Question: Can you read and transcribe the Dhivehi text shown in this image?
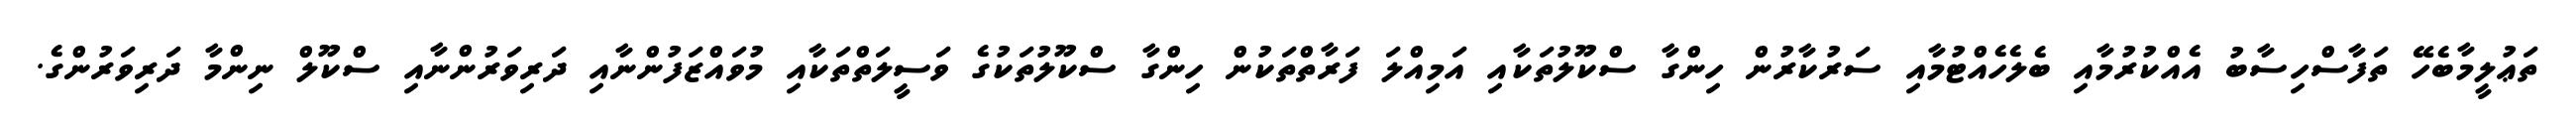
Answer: ތަޢުލީމާބެހޭ ތަފާސްހިސާބު އެއްކުރުމާއި ބެލެހެއްޓުމާއި ސަރުކާރުން ހިންގާ ސްކޫލުތަކާއި އަމިއްލަ ފަރާތްތަކުން ހިންގާ ސްކޫލުތަކުގެ ވަސީލަތްތަކާއި މުވައްޒަފުންނާއި ދަރިވަރުންނާއި ސްކޫލް ނިންމާ ދަރިވަރުންގެ.